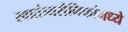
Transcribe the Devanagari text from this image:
स्वातंत्र्यसैनिकांमध्ये